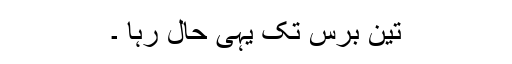
تین برس تک یہی حال رہا ۔